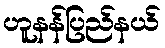
ဟူနန်ပြည်နယ်